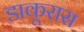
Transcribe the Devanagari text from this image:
डाकूरास